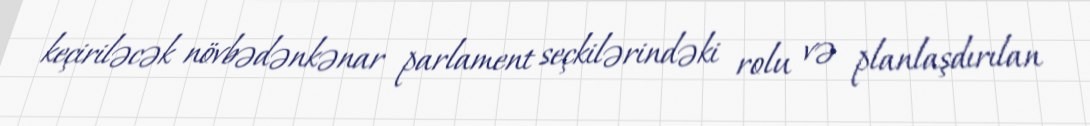
keçiriləcək növbədənkənar parlament seçkilərindəki rolu və planlaşdırılan